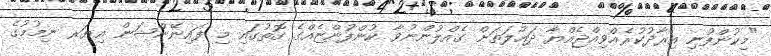
"މިކުންފުނި އިރާދުކުރެއްވިއްޖެއްޔާ ދައުލަތަށް ގެއްލުންނުވާ ކުންފުންޏެއްގެ ގޮތުގައި މި ފައިނޭންޝަން އިޔަރ ނިމުމުގެ